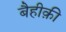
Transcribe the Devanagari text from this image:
बैहीक़ी